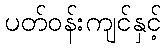
ပတ်ဝန်းကျင်နှင့်